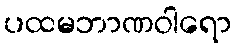
ပထမဘာဏဝါရော